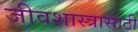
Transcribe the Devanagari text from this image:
जीवशास्त्रासाठी